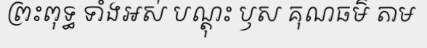
ព្រះពុទ្ធ ទាំងអស់ បណ្តុះ ឫស គុណធម៌ តាម